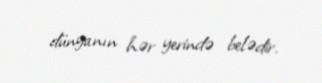
dünyanın hər yerində belədir.